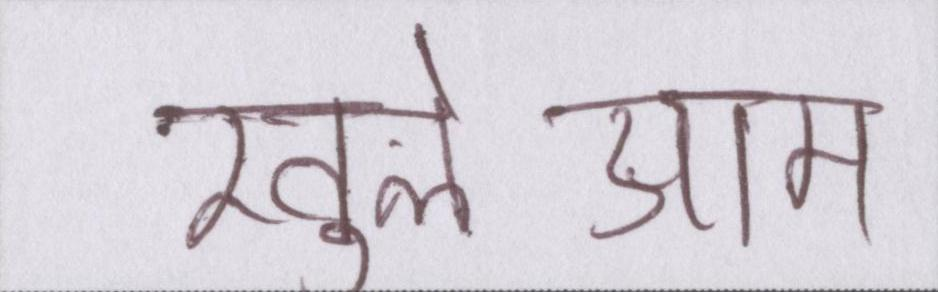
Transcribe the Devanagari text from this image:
खुलेआम